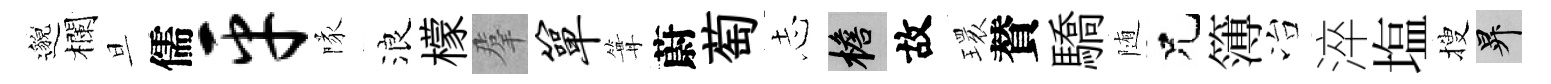
邈欄旦儒平隊浪檬羣箪篝蔚萄𢖽檐故𤨔賛驕随兄簿冶淬塩搜升